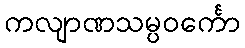
ကလျာဏသမ္ပဝင်္ကော